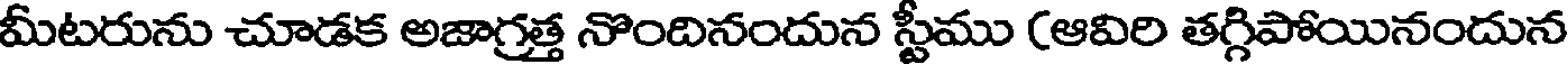
మీటరును చూడక అజాగ్రత్త నొందినందున స్టీము (ఆవిరి తగ్గిపోయినందున